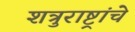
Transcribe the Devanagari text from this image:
शत्रुराष्ट्रांचे